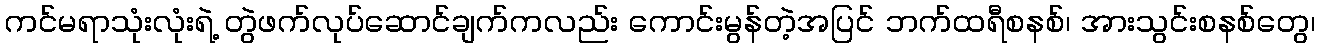
ကင်မရာသုံးလုံးရဲ့ တွဲဖက်လုပ်ဆောင်ချက်ကလည်း ကောင်းမွန်တဲ့အပြင် ဘက်ထရီစနစ်၊ အားသွင်းစနစ်တွေ၊